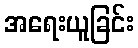
အရေးယူခြင်း